Report on vaccination North-West Frontier Province 1904-1922 - 1904-1922
Year: 1904
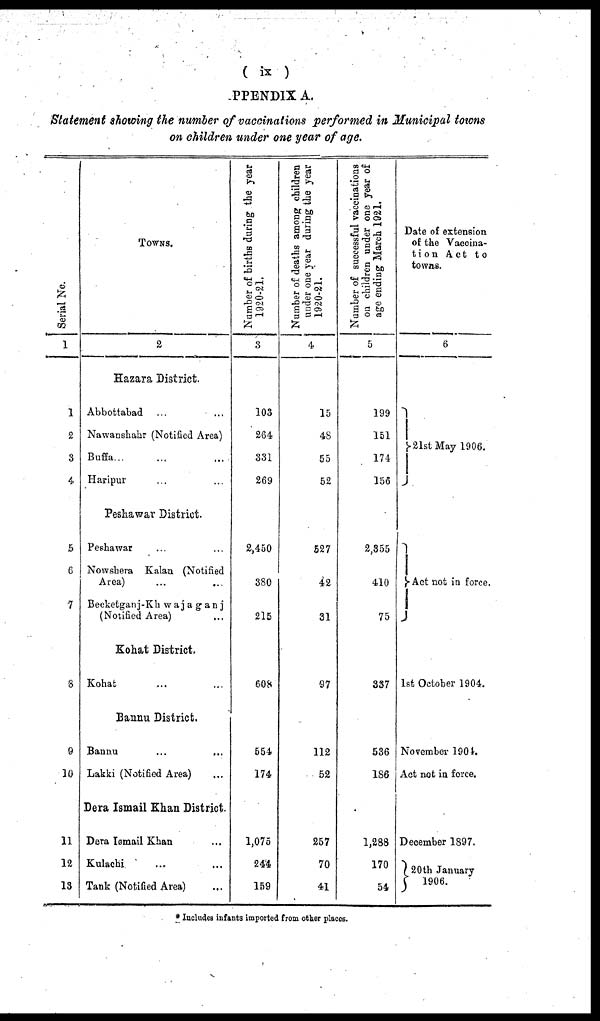
( ix )
PPENDIX A.
Statement showing the number of vaccinations performed in Municipal towns
on children under one year of age.
Serial No.
1
1
2
3
4
5
6
7
8
9
10
11
12
13
TOWNS.
2
Hazara District.
Abbottabad ... ...
Nawanshahr (Notified Area)
Buffa ... ... ...
Haripur ... ...
Peshawar District.
Peshawar ... ...
Nowshera Kalan (Notified
Area) ... ...
Becketganj-Khwajaganj
(Notified Area) ...
Kohat District.
Kohat ... ...
Bannu District.
Bannu ... ...
Lakki (Notified Area) ...
Dera Ismail Khan District.
Dera Ismail Khan ...
Kulachi ... ...
Tank (Notified Area) ...
Number of births during the year
1920-21.
3
103
264
331
269
2,450
380
215
608
554
174
1,075
244
159
Number of deaths among children
under one year during the year
1920-21.
4
15
48
55
52
527
42
31
97
112
52
257
70
41
Number of successful vaccinations
on children under one year of
age ending March 1921.
5
199
151
174
156
2,355
410
75
337
536
186
1,288
170
54
Date of extension
of the Vaccina¬
tion Act to
towns.
6
21st May 1906.
Act not in force.
1st October 1904.
November 1904.
Act not in force.
December 1897.
20th January
1906.
* Includes infants imported from other places.